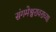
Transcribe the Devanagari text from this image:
संगमेश्वरावराच्या